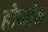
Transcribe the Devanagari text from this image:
होप्पॉक